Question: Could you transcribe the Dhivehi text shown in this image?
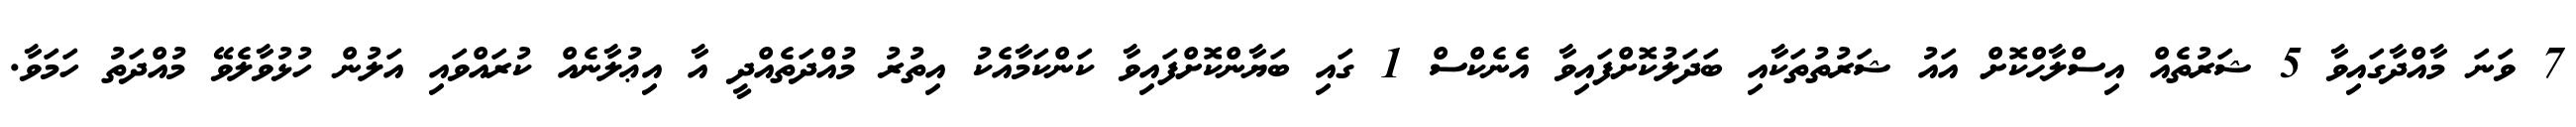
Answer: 7 ވަނަ މާއްދާގައިވާ 5 ޝަރުތެއް އިސްލާޙްކޮށް އައު ޝަރުތުތަކާއި ބަދަލުކޮށްފައިވާ އެނެކްސް 1 ގައި ބަޔާންކޮށްފައިވާ ކަންކަމާއެކު އިތުރު މުއްދަތެއްދީ އާ އިޢުލާނެއް ކުރައްވައި އަލުން ހުޅުވާލެވޭ މުއްދަތު ހަމަވާ.